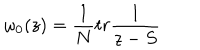
\omega _ { 0 } ( z ) = { \frac { 1 } { N } } t r { \frac { 1 } { z - S } }